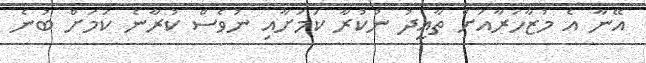
އޭނާ އެ މުޒާހަރާއަށް ތާއީދު ނުކުރާ ކަމަށާއި ނުވެސް ކުރާނެ ކަމަށް ބުނެ